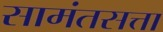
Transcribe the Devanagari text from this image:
सामंतसत्ता